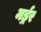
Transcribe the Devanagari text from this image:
मर्ड्रर